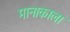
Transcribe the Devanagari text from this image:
मानाकाला